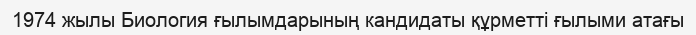
1974 жылы Биология ғылымдарының кандидаты құрметті ғылыми атағы